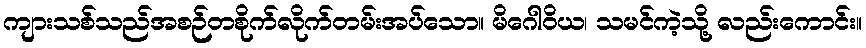
ကျားသစ်သည်အစဉ်တစိုက်လိုက်တမ်းအပ်သော။ မိဂေါဝိယ၊ သမင်ကဲ့သို့ လည်းကောင်း။